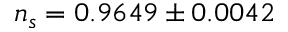
n _ { s } = 0 . 9 6 4 9 \pm 0 . 0 0 4 2